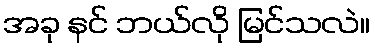
အခု နင် ဘယ်လို မြင်သလဲ။